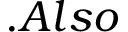
. A l s o